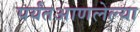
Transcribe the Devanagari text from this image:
पर्यंतआणलेल्या